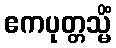
ဧကပုတ္တသ္မိံ